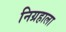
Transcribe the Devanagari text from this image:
निग्रहाला